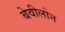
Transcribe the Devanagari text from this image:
बेवीलोन